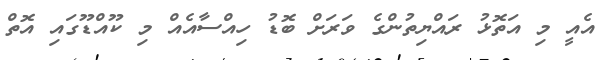
އެއީ މި އަތޮޅު ރައްޔިތުންގެ ވަރަށް ބޮޑު ހިއްސާއެއް މި ކޫއްޑޫގައި އޮތް